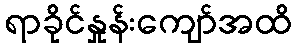
ရာခိုင်နှုန်းကျော်အထိ